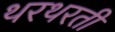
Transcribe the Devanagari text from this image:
थरथरती